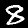
Digit: 8